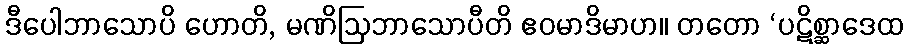
ဒီပေါဘာသောပိ ဟောတိ, မဏိဩဘာသောပီတိ ဧဝမာဒိမာဟ။ တတော ‘ပဋိစ္ဆာဒေထ